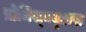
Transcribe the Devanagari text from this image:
प्रोमिस्क्युअस